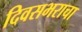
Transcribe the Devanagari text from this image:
दिवसभराचा